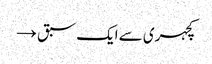
کچہری سے ایک سبق →